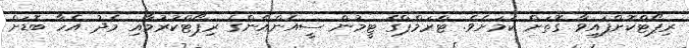
ރިޕޯޓްކޮށްފައިވާ ގޮތަށް ކަމަށެވެ. ޓްރަމްޕްގެ ޓީމުން ސީއެންއެންގެ ރިޕޯޓްކުރުމާއި މެދު އެހާ ބޮޑަށް